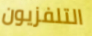
التلفزيون